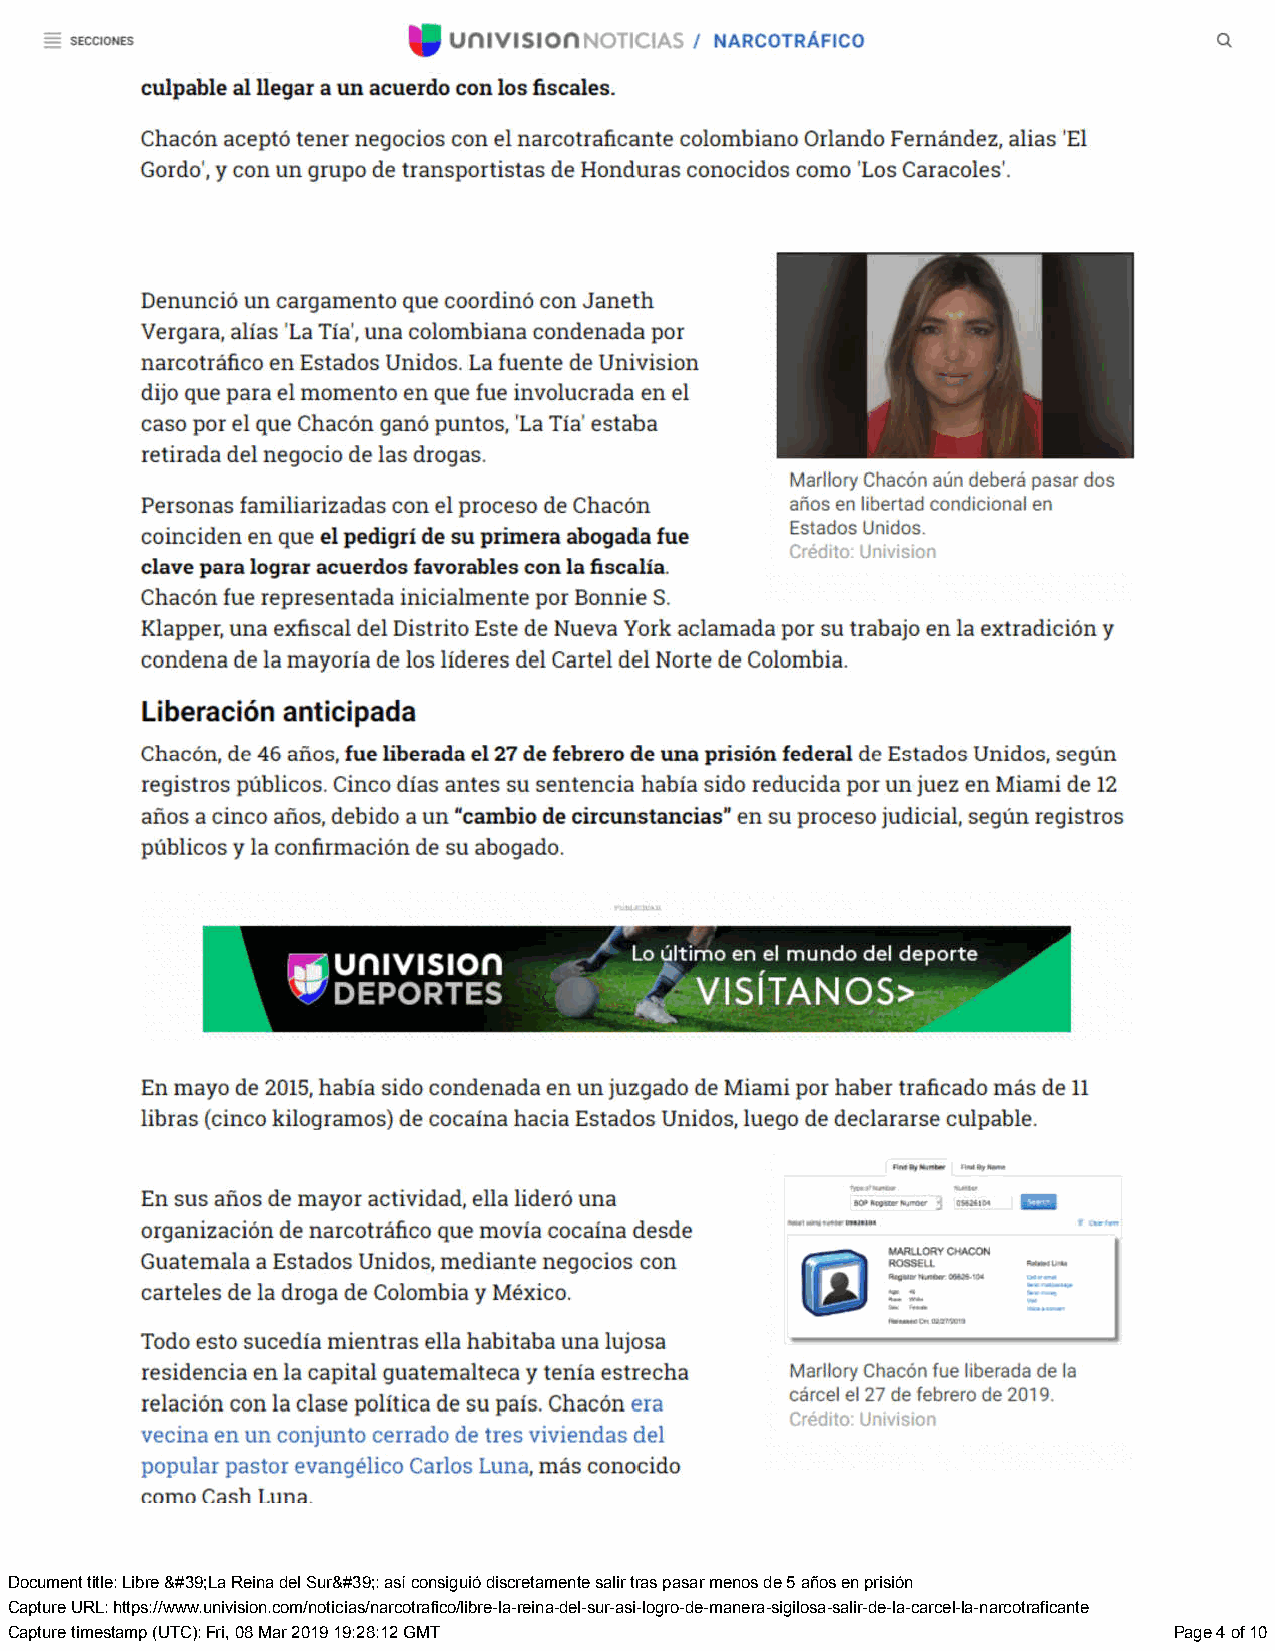
Document title: Libre &#39;La Reina del Sur&#39;: así consiguió discretamente salir tras pasar menos de 5 años en prisión
 Capture URL: https://www.univision.com/noticias/narcotrafico/libre-la-reina-del-sur-asi-logro-de-manera-sigilosa-salir-de-la-carcel-la-narcotraficante
 Capture timestamp (UTC): Fri, 08 Mar 2019 19:28:12 GMT                        Page 4 of 10